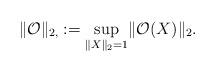
LaTeX: \begin{align*} \| \mathcal{O} \|_{2, } := \underset{\| X \|_{2} =1 }{\sup} \| \mathcal{O}( X )\|_{2}. \end{align*}